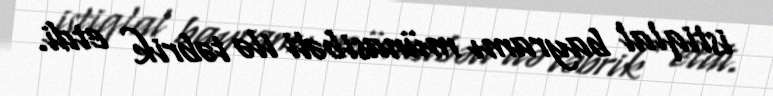
istiqlal bayramı münasibəti ilə təbrik etdi.